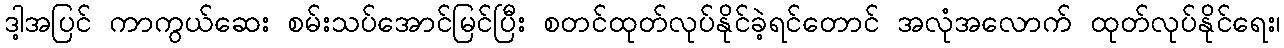
ဒါ့အပြင် ကာကွယ်ဆေး စမ်းသပ်အောင်မြင်ပြီး စတင်ထုတ်လုပ်နိုင်ခဲ့ရင်တောင် အလုံအလောက် ထုတ်လုပ်နိုင်ရေး၊